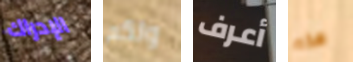
الإدراك ولكم أعرف هذه